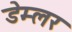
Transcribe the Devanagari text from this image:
डेम्लर